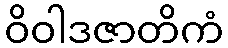
ဝိဝါဒဇာတိကံ